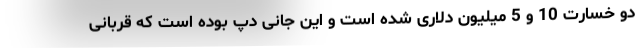
دو خسارت 10 و 5 میلیون دلاری شده است و این جانی دپ بوده است که قربانی